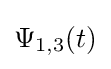
{\textstyle \Psi _{1,3}(t)}